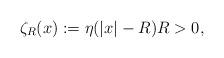
LaTeX: \begin{align*} \zeta_{R}(x):=\eta(\vert x \vert -R) R>0,\end{align*}